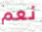
نعم